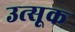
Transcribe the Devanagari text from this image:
उत्सूक